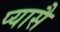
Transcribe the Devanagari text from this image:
प्यासै